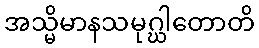
အသ္မိမာနသမုဂ္ဃါတောတိ